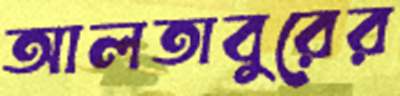
আলতাবুরের